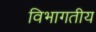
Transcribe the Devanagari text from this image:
विभागतीय